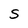
Character: S